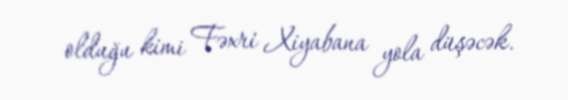
olduğu kimi Fəxri Xiyabana yola düşəcək.